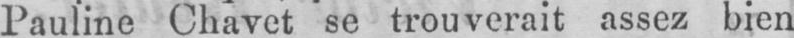
Pauline Chavet se trouverait assez bien